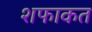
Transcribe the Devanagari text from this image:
शफाकत